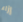
إزاء